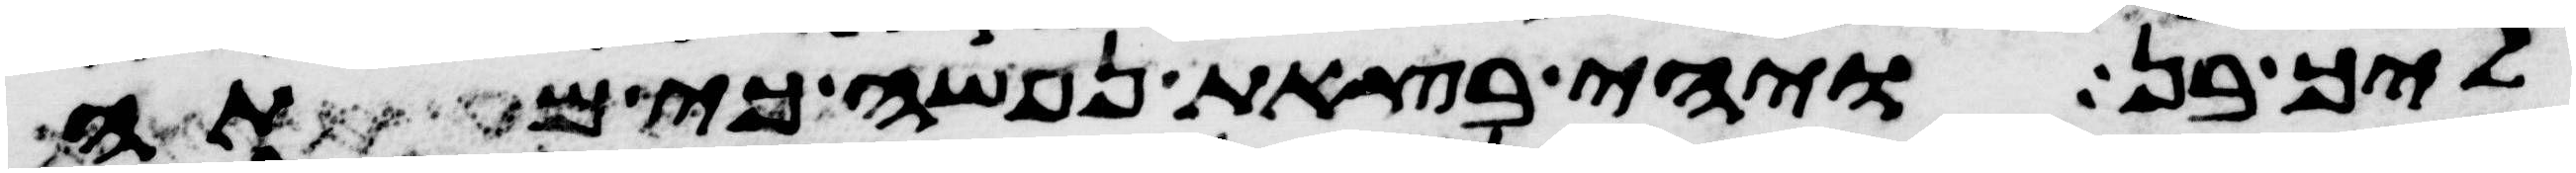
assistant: ליך בן ויהי בצאת נפשה כי מתה